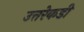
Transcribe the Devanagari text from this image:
उत्तरेकडी